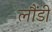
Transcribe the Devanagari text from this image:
लौंडी